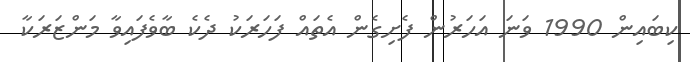
ކިބައިން 1990 ވަނަ އަހަރުން ފެށިގެން އެތައް ފަހަރަކު ދެކެ ބާވެފައިވާ މަންޒަރަކާ